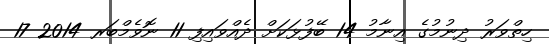
ހިތްވަރު ދިނުމުގެ އިނާމު 14 ބޭފުޅަކަށް ދެއްވައިފި 11 ނޮވެމްބަރ 2014 17